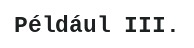
Például III.